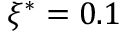
\xi ^ { * } = 0 . 1